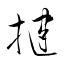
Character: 揵